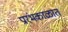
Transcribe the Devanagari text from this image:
प्रारंभकाळात